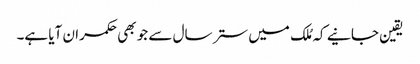
یقین جانیے کہ مُلک میں ستر سال سے جو بھی حکمران آیا ہے۔